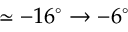
\simeq - 1 6 ^ { \circ } \rightarrow - 6 ^ { \circ }